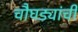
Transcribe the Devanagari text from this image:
चौघड्यांची